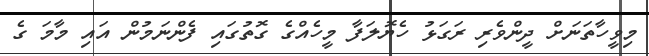
މިވީހާތަނަށް ދީންވެރި ރަގަޅު ހެޔޮލަފާ މީހެއްގެ ގޮތުގައި ފެންނަމުން އައި މާމަ ގެ